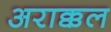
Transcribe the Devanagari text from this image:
अराक्कल